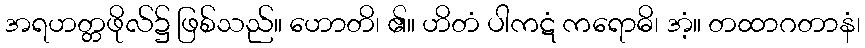
အရဟတ္တဖိုလ်၌ ဖြစ်သည်။ ဟောတိ၊ ၏။ ဟိတံ ပါကဋံ ကရောဓိ၊ အံ့။ တထာဂတာနံ၊